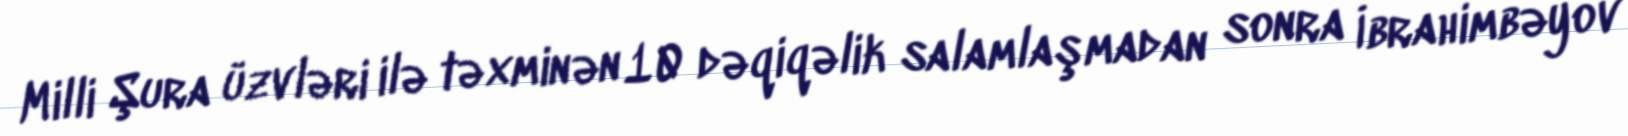
Milli Şura üzvləri ilə təxminən 10 dəqiqəlik salamlaşmadan sonra İbrahimbəyov